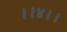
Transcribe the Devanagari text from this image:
।।४।।